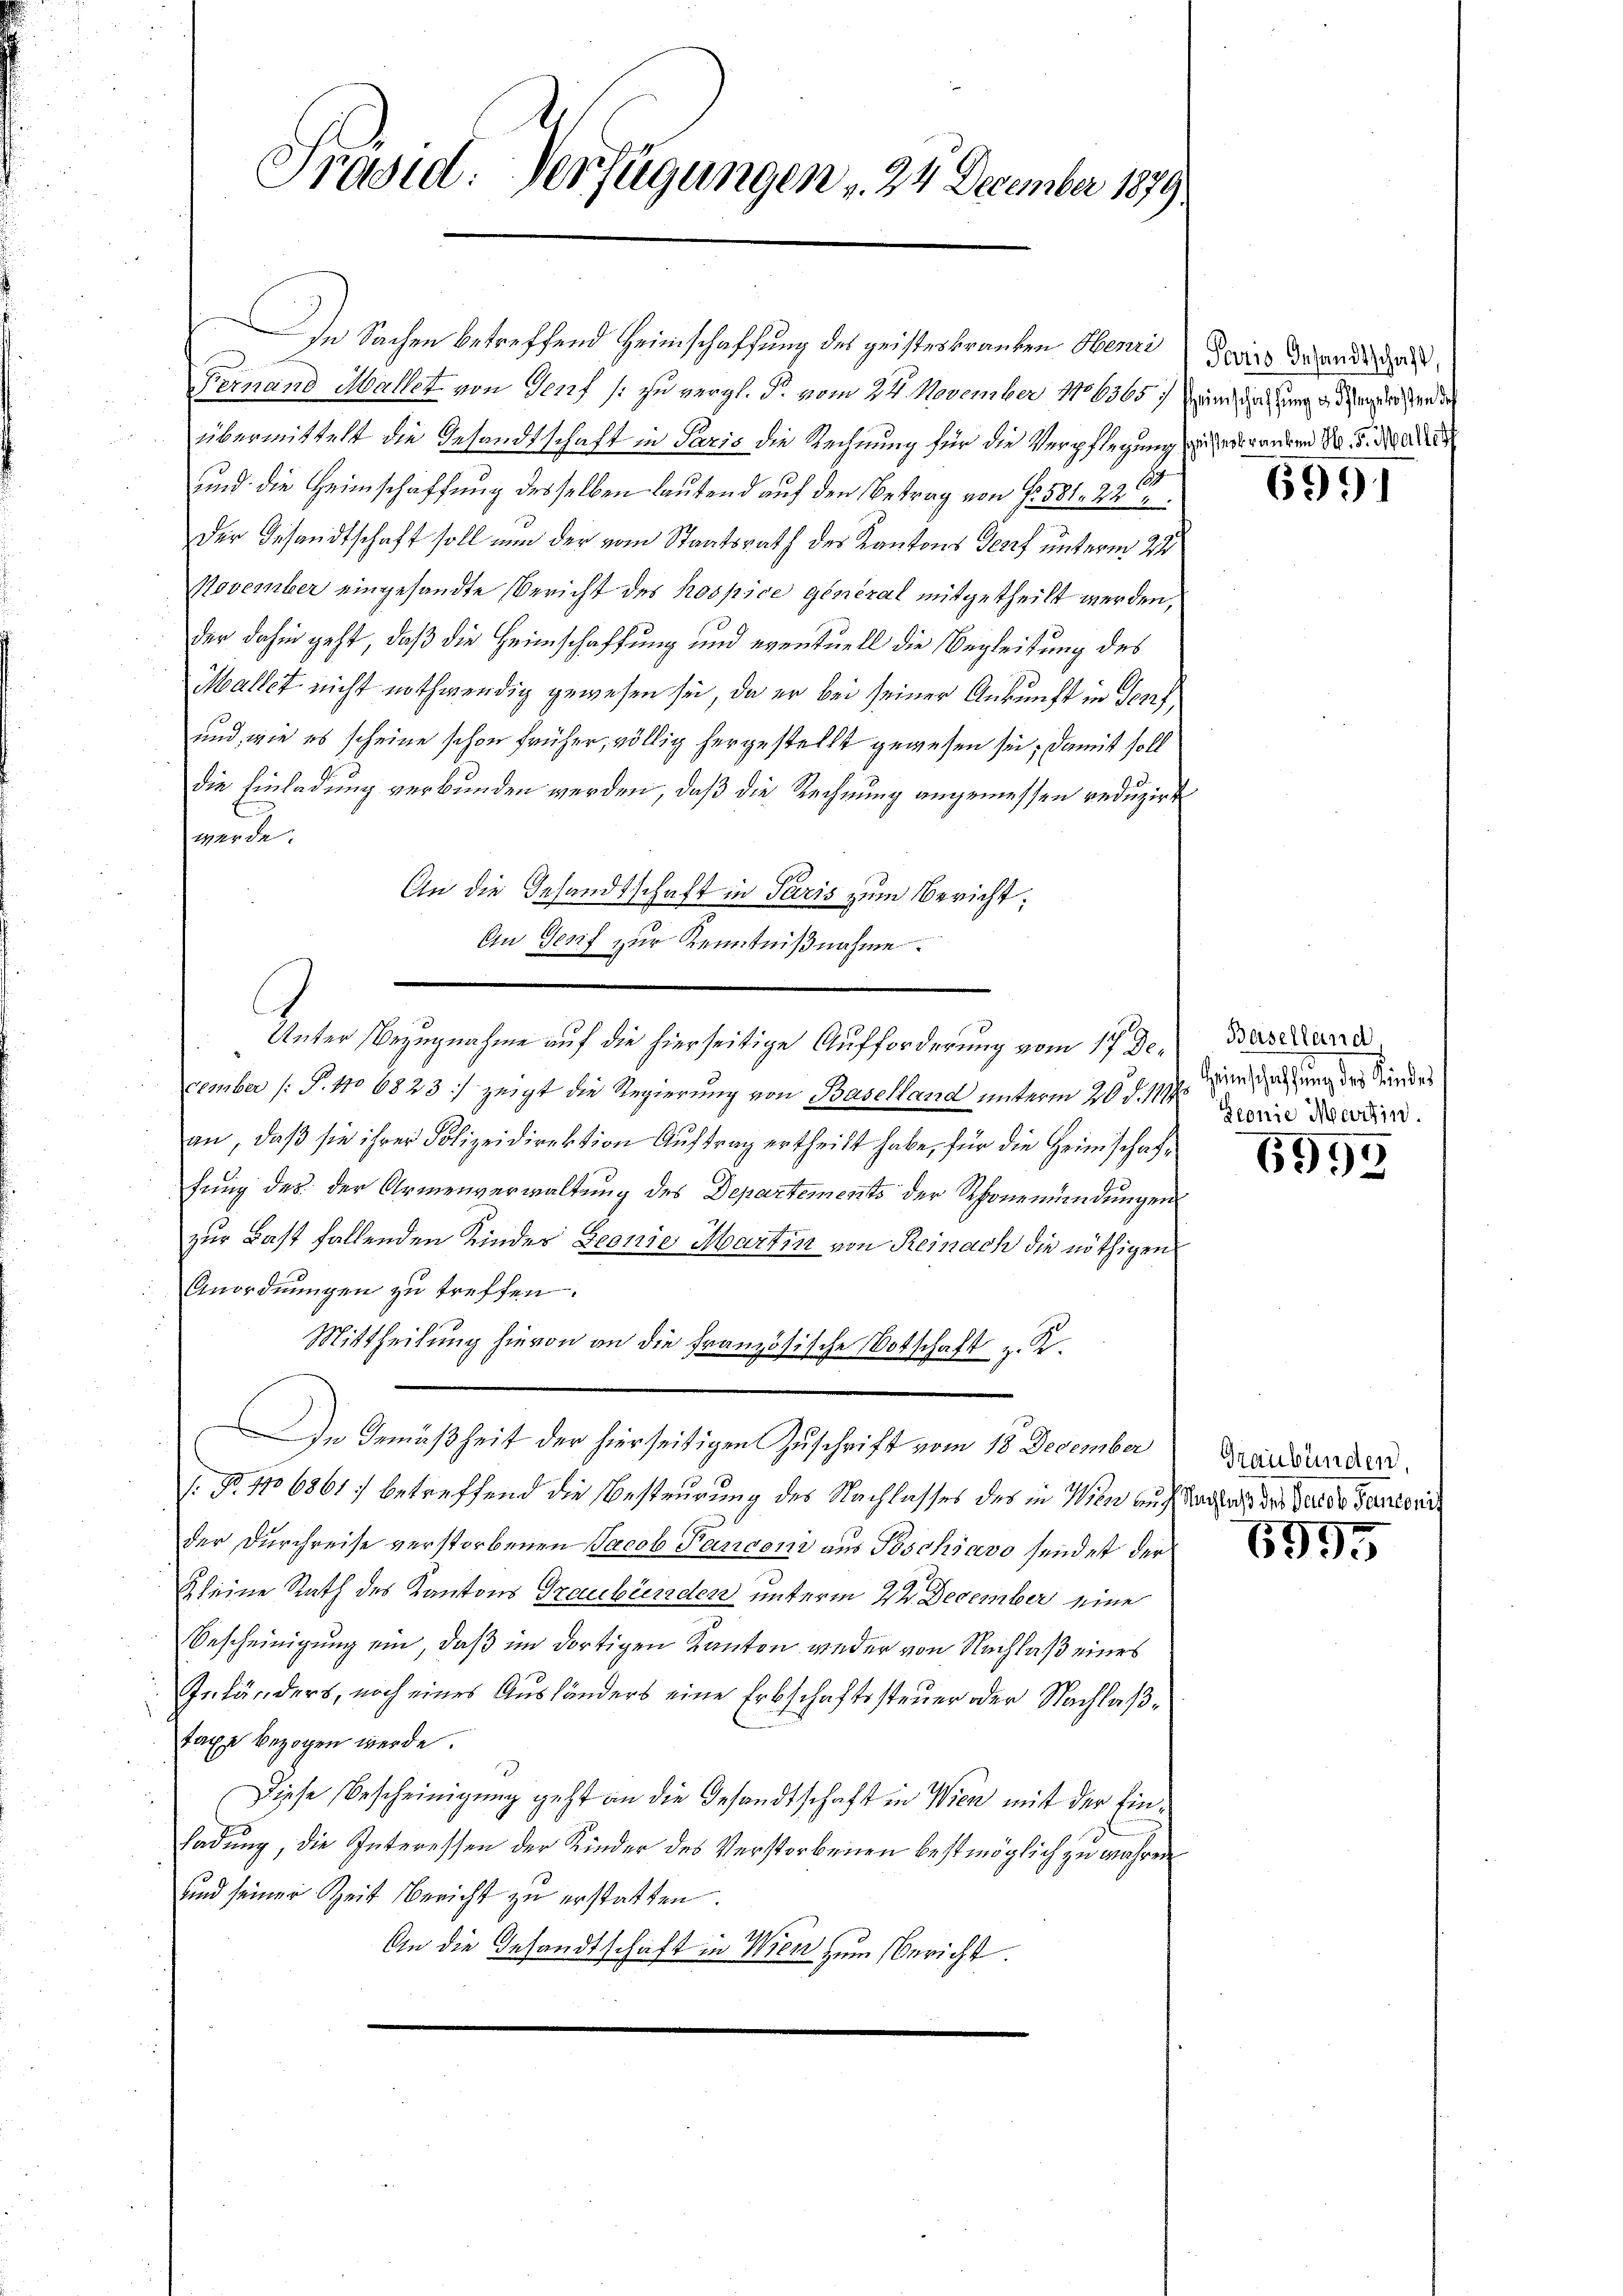
Prasid: Verfügungen v. 24 December 1879

Fernand Mallet von Genf (: zu vergl. P. vom 24. November 1886365
übermittelt die Gesandtschaft in Paris die Rechnung für die Verpflegung sichen wordern Nr. 5. Mari
und die Heimschaffung desselben lautend auf den Betrag von S. 581. 22
Der Gesandtschaft soll nun der vom Staatsrath des Kantons Genf unterm 21
November eingesandte Bericht des hospice général mitgetheilt werden,
der dahin geht, daß die Heimschaffung und eventuell die Begleitung des
Mallet nicht nothwendig gewesen sei, da er bei seiner Ankunft in Senf,
und, wie es scheine schon früher, völlig hergestellt gewesen sei; damit soll
die Einladung verbunden werden, daß die Rechnung angemessen reduzirt
werde.
An die Gesandtschaft in Paris zum Bericht:
Au Genf zur Kenntnißnahme.
-
cember (: P. No 6823 :/ zeigt die Regierung von Baselland unterm 20. d. 111. in einen der Stunde
an, daβ sie ihrer Polizeidirektion Aŭftrag ertheilt habe, für die Heimschaffung des der Armenverwaltung des Departements der Schönemündungen
zur Last fallenden Kinder Geonie Martin von Reinach die nöthigen
Anordnungen zu treffen.
Mittheilung hievon an die Französische Botschaft z. K.
In Gemäßheit der hierseitigen Zuschrift vom 18 December
1. No. 11068617 betreffend die Besteurung des Nachlasses des in Wien auch Saches der Verden Tenord
der Durchreise verstorbenen Jacob Panconi aus Poschiavo sendet der
Scheine Rath des Kantons Graubünden unterm 2ten December eine
Bescheinigung ein, daß im dortigen Kanton weder von Nachlaß eines
Inländers, noch eines Aushänders eine Erbschaftssteuer oder Nachlaß¬
Tage bezogen werde.
Diese Bescheinigung geht an die Gesandtschaft in Wien mit der Einladung, die Interessen der Kinder des Verstorbenen bestmöglich zu wahren
und seiner Zeit Bericht zu erstatten.
29
An die Gesandtschaft in Wien zum Bericht.

In Sachen betreffend Heimschaffung des geisteskranken Henri

Unter Bezugnahme auf die hierseitige Aufforderung vom 17 De. Daseinere

Paris Gesandtschaft,
Heimschaffung d. Pflegelösten des

6991

Seonie Martin.

6999

Graubünden.

6995